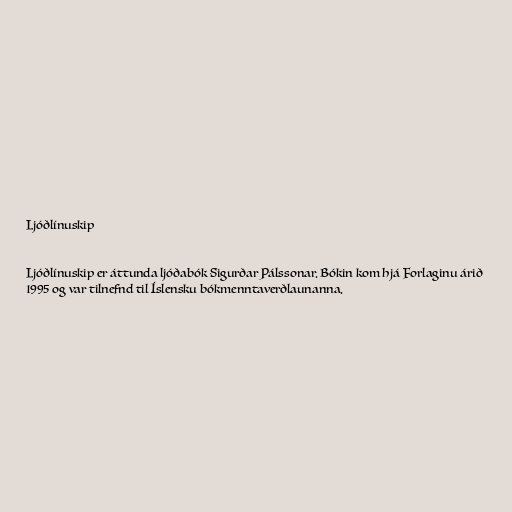
Ljóðlínuskip

Ljóðlínuskip er áttunda ljóðabók Sigurðar Pálssonar. Bókin kom hjá Forlaginu árið
1995 og var tilnefnd til Íslensku bókmenntaverðlaunanna.